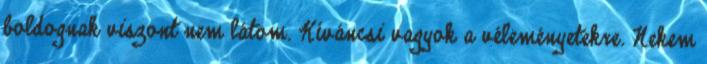
boldognak viszont nem látom. Kíváncsi vagyok a véleményetekre. Nekem